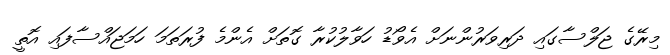
މިރޭގެ ޖަލްސާގައި ދަރިވަރުންނަށް އެވޯޑު ހަވާލުކުރާ ގޮތަށް އެންމެ ފުރަތަމަ ހަމަޖައްސާފައި އޮތީ